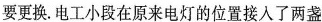
要更换。电工小段在原来电灯的位置接人了两盏